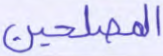
المصلحين